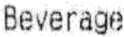
BEVERAGE